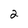
Character: 2